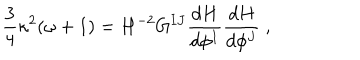
{ \frac { 3 } { 4 } } \kappa ^ { 2 } ( \omega + 1 ) = H ^ { - 2 } G ^ { I J } { \frac { d H } { d \phi ^ { I } } } { \frac { d H } { d \phi ^ { J } } } ~ ,